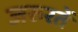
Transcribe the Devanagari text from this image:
जरुरतें